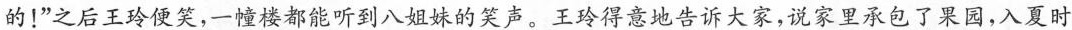
的！”之后王玲便笑，-幢楼都能听到八姐妹的笑声。王玲得意地告诉大家，说家里承包了园，入夏时